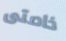
خاصتى